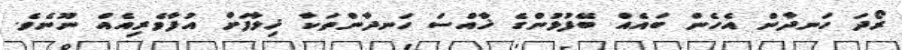
ރޯދަ ހަނދާން އެހެން ބައެއް ބޭފުޅުންގެ ޚާއްސަ ހަނދާންތަކާ ޚިލާފަށް އުފާވެރިއެއް ނޫނެވެ.